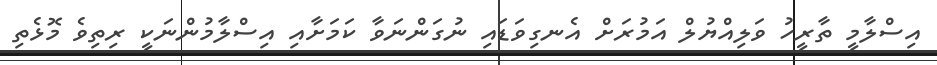
އިސްލާމީ ތާރީހު ވަލިއްޔުލް އަމުރަށް އެނގިވަޑައި ނުގަންނަވާ ކަމަށާއި އިސްލާމުންނަކީ ރިތިވެ މޮޅެތި